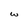
Character: w